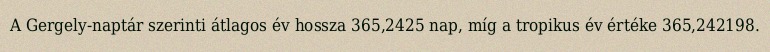
A Gergely-naptár szerinti átlagos év hossza 365,2425 nap, míg a tropikus év értéke 365,242198.